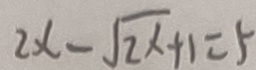
2 x - \sqrt { 2 x } + 1 = 5